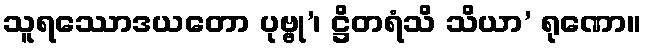
သူရဿောဒယတော ပုဗ္ဗု’၊ ဋ္ဌိတရံသိ သိယာ’ ရုဏော။